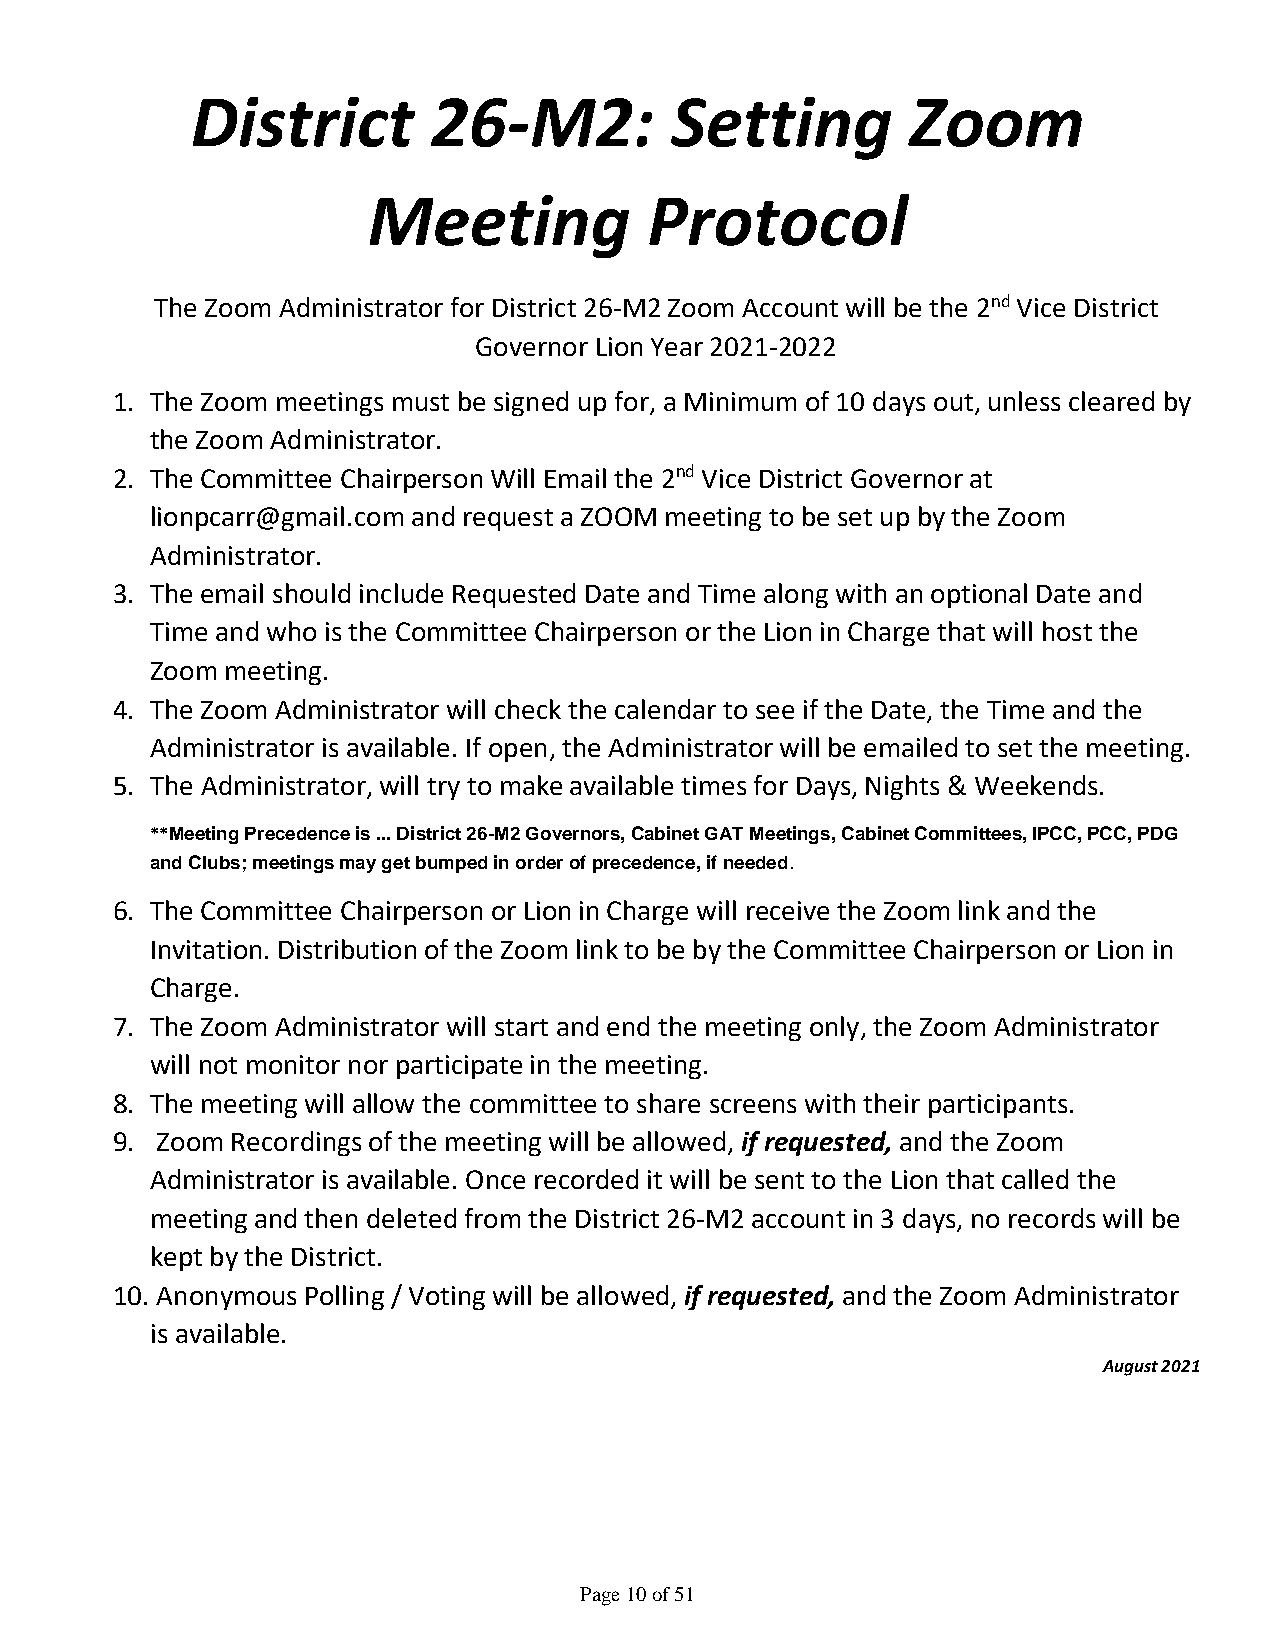
District        26-M2:         Setting         Zoom
 Meeting            Protocol
 The Zoom Administrator for District 26-M2 Zoom Account will be the 2nd Vice District
 Governor Lion Year 2021-2022
 1. The Zoom meetings must be signed up for, a Minimum of 10 days out, unless cleared by
 the Zoom Administrator.
 2. The Committee Chairperson Will Email the 2nd Vice District Governor at
 lionpcarr@gmail.com and request a ZOOM meeting to be set up by the Zoom
 Administrator.
 3. The email should include Requested Date and Time along with an optional Date and
 Time and who is the Committee Chairperson or the Lion in Charge that will host the
 Zoom meeting.
 4. The Zoom Administrator will check the calendar to see if the Date, the Time and the
 Administrator is available. If open, the Administrator will be emailed to set the meeting.
 5. The Administrator, will try to make available times for Days, Nights & Weekends.
 **Meeting Precedence is ... District 26-M2 Governors, Cabinet GAT Meetings, Cabinet Committees, IPCC, PCC, PDG
 and Clubs; meetings may get bumped in order of precedence, if needed.
 6. The Committee Chairperson or Lion in Charge will receive the Zoom link and the
 Invitation. Distribution of the Zoom link to be by the Committee Chairperson or Lion in
 Charge.
 7. The Zoom Administrator will start and end the meeting only, the Zoom Administrator
 will not monitor nor participate in the meeting.
 8. The meeting will allow the committee to share screens with their participants.
 9. Zoom Recordings of the meeting will be allowed, if requested, and the Zoom
 Administrator is available. Once recorded it will be sent to the Lion that called the
 meeting and then deleted from the District 26-M2 account in 3 days, no records will be
 kept by the District.
 10. Anonymous Polling / Voting will be allowed, if requested, and the Zoom Administrator
 is available.
 August 2021
 Page 10 of 51